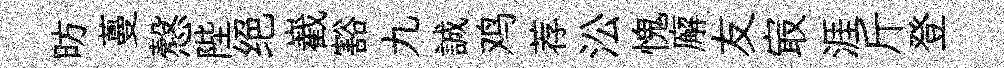
昉蔓慤陛绝嶻豁九誠鸡荐㳂愧廨友㝡涯斤登